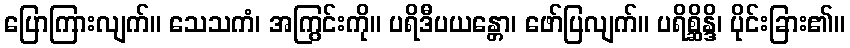
ပြောကြားလျက်။ သေသကံ၊ အကြွင်းကို။ ပရိဒီပယန္တော၊ ဖော်ပြလျက်။ ပရိစ္ဆိန္ဒိ၊ ပိုင်းခြား၏။